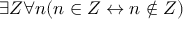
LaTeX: \exists Z \forall n ( n \in Z \leftrightarrow n \not \in Z )